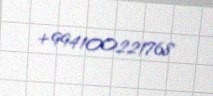
+994100221768